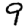
Digit: 9